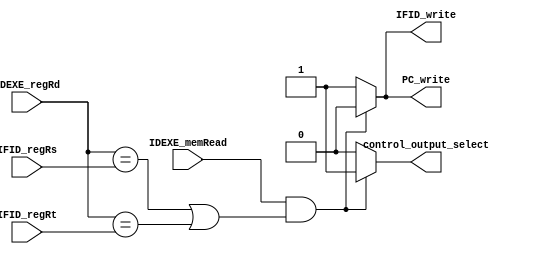
/***************************************************
Student Name: 
Student ID: group24_0816162_0812203
***************************************************/
module Hazard_detection(
    input [4:0] IFID_regRs,
    input [4:0] IFID_regRt,
    input [4:0] IDEXE_regRd,
    input IDEXE_memRead,
    output reg PC_write,
    output reg IFID_write,
    output reg control_output_select
    );

    always @(*) begin
        // hazard detect
        if(IDEXE_memRead  && (IDEXE_regRd == IFID_regRs || IDEXE_regRd == IFID_regRt)) begin
            PC_write = 0;
            IFID_write = 0;
            // control_output_select_output = 0;    
        end
        else begin
            PC_write = 1;
            IFID_write = 1;
        end

        if(IDEXE_memRead && (IDEXE_regRd == IFID_regRs || IDEXE_regRd == IFID_regRt)) begin
                 control_output_select = 1;
        end
        else begin
            control_output_select = 0;
        end
    end

endmodule